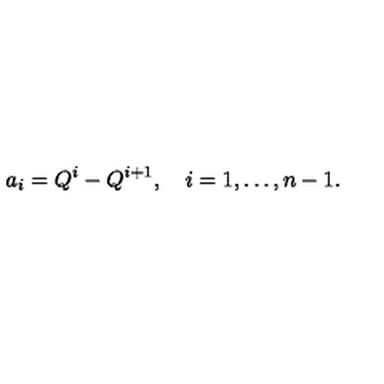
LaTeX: a _ { i } = Q ^ { i } - Q ^ { i + 1 } , \quad i = 1 , \ldots , n - 1 .